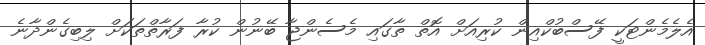
އެލެމެންޓަކީ ފޭސްބުކްއިން ކުރިއަށް އޮތް ތާގައި މެސެންޖާ ބޭނުން ކުރާ ފަރާތްތަކަށް ލިބިގެންދާނެ